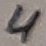
Text: 4